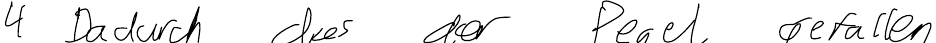
4 Dadurch das der Pegel gefallen